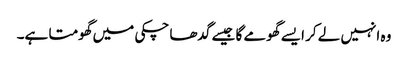
وہ انہیں لے کر ایسے گھومے گا جیسے گدھا چکی میں گھومتا ہے۔